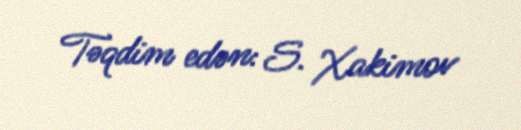
Təqdim edən: S. Xakimov